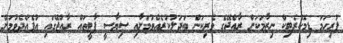
ފުރިހަމަ ޑިމޮކްރެޓިކް ނިޒާމަކަށް ރާއްޖޭގެ ވެރިކަން ބަދަލުކުރެއްވުމަށާއި ސިޔާސީ ޕާޓީތައް ރާއްޖޭގައި އުފެއްދެވުމަށް